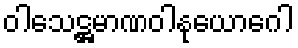
ဝါသေဋ္ဌမာဏဝါနုယောဂေါ